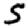
Digit: 5